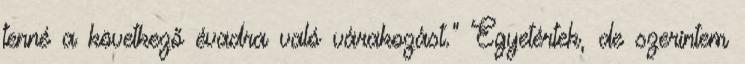
tenné a következő évadra való várakozást.” Egyetértek, de szerintem